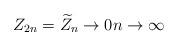
LaTeX: \begin{align*}Z_{2n}=\widetilde{Z}_n \to 0 n\to \infty\end{align*}